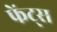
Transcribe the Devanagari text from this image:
फेंट्स